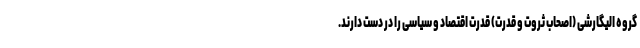
گروه الیگارشی (اصحاب ثروت و قدرت) قدرت اقتصاد و سیاسی را در دست دارند.